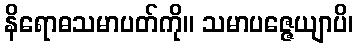
နိရောဓသမာပတ်ကို။ သမာပဇ္ဇေယျာပိ၊